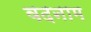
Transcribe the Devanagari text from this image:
वदनाम